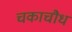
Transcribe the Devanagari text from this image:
चकाचौध